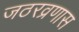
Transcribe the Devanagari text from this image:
जठरव्रणास